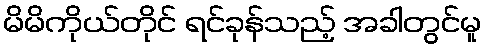
မိမိကိုယ်တိုင် ရင်ခုန်သည့် အခါတွင်မူ